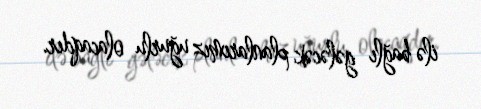
ilə bağlı gələcək planlarımız uğurlu olacaqdır.